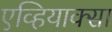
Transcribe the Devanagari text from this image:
एव्हियाक्सा